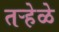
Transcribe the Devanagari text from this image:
तऱ्हेळे